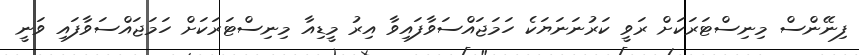
ފިނޭންސް މިނިސްޓަރަކަށް ރަވީ ކަރުނަނަޔަކެ ހަމަޖައްސަވާފައިވާ އިރު މީޑިއާ މިނިސްޓަރަކަށް ހަމަޖައްސަވާފައި ވަނީ